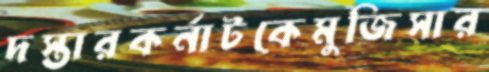
দস্তারকর্নাটকেমুজিসার